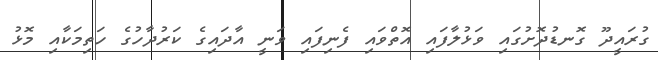
ގުރައީދޫ ގޮނޑުދޮށުގައި ވަޅުލާފައި އޮތްވައި ފެނިފައި ވަނީ އާދައިގެ ކަރުދާހުގެ ހަތިމަކާއި މޮޅު